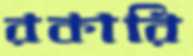
রকারি